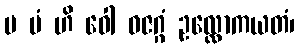
မ မံ ဟိ ဝေါ ဓဇဂ္ဂံ ဥလ္လောကယတံ၊